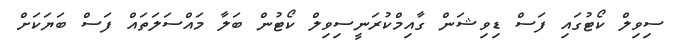
ސިވިލް ކޯޓުގައި ފަސް ޑިވިޝަން ގާއިމްކުރަނީސިވިލް ކޯޓުން ބަލާ މައްސަލަތައް ފަސް ބަޔަކަށް